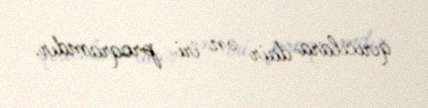
qırıcılara dair ən iri proqramdır.